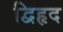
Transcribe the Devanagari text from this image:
द्विहृद